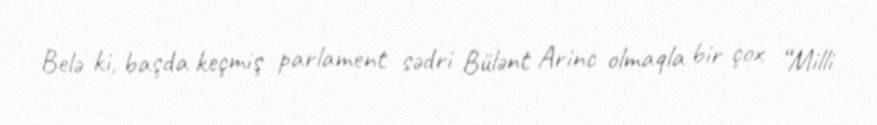
Belə ki, başda keçmiş parlament sədri Bülənt Arinc olmaqla bir çox “Milli